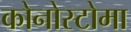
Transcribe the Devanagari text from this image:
कोनोस्टोमा